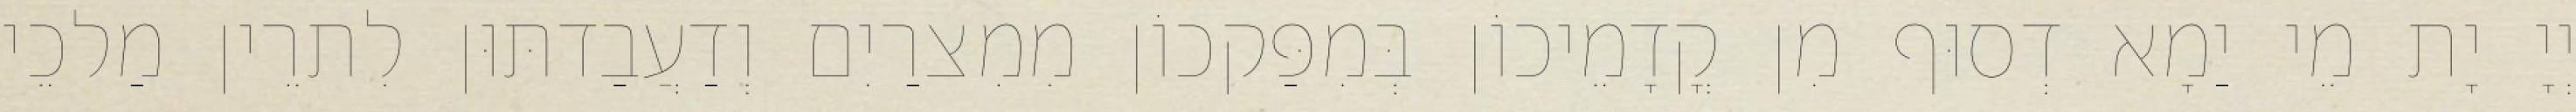
יְיָ יָת מֵי יַמָא דְסוּף מִן קֳדָמֵיכוֹן בְּמִפַּקכוֹן מִמִצרַיִם וְדַעֲבַדתּוּן לִתרֵין מַלכֵי